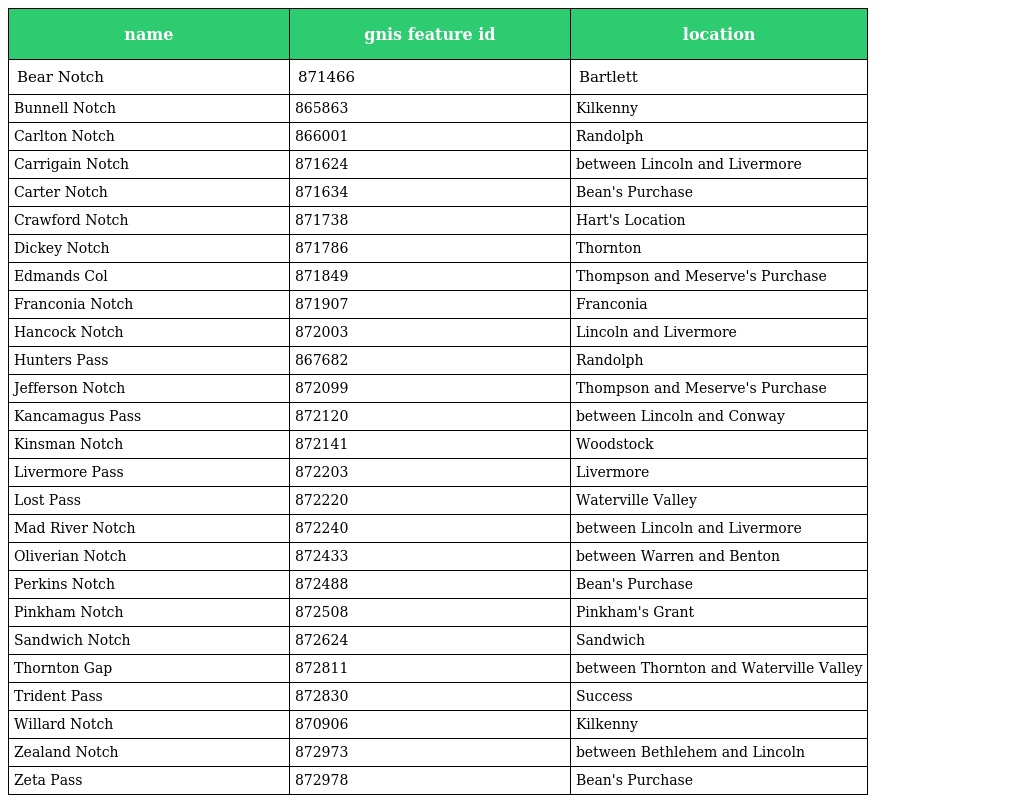
| name | gnis feature id | location |
 | --- | --- | --- |
 | Bear Notch | 871466 | Bartlett |
 | Bunnell Notch | 865863 | Kilkenny |
 | Carlton Notch | 866001 | Randolph |
 | Carrigain Notch | 871624 | between Lincoln and Livermore |
 | Carter Notch | 871634 | Bean's Purchase |
 | Crawford Notch | 871738 | Hart's Location |
 | Dickey Notch | 871786 | Thornton |
 | Edmands Col | 871849 | Thompson and Meserve's Purchase |
 | Franconia Notch | 871907 | Franconia |
 | Hancock Notch | 872003 | Lincoln and Livermore |
 | Hunters Pass | 867682 | Randolph |
 | Jefferson Notch | 872099 | Thompson and Meserve's Purchase |
 | Kancamagus Pass | 872120 | between Lincoln and Conway |
 | Kinsman Notch | 872141 | Woodstock |
 | Livermore Pass | 872203 | Livermore |
 | Lost Pass | 872220 | Waterville Valley |
 | Mad River Notch | 872240 | between Lincoln and Livermore |
 | Oliverian Notch | 872433 | between Warren and Benton |
 | Perkins Notch | 872488 | Bean's Purchase |
 | Pinkham Notch | 872508 | Pinkham's Grant |
 | Sandwich Notch | 872624 | Sandwich |
 | Thornton Gap | 872811 | between Thornton and Waterville Valley |
 | Trident Pass | 872830 | Success |
 | Willard Notch | 870906 | Kilkenny |
 | Zealand Notch | 872973 | between Bethlehem and Lincoln |
 | Zeta Pass | 872978 | Bean's Purchase |